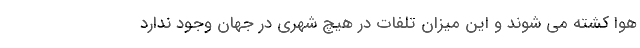
هوا کشته می شوند و این میزان تلفات در هیچ شهری در جهان وجود ندارد